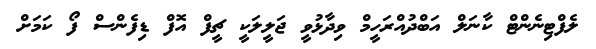
ލެފްޓިނެންޓް ކާނަލް އަބްދުއްރަހީމް ވިދާޅުވީ ޖަލީލަކީ ޗީފް އޮފް ޑިފެންސް ފޯ ކަމަށް